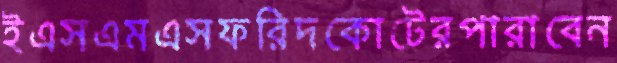
ইএসএমএসফরিদকোটেরপারাবেন